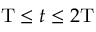
\mathrm { T } \leq t \leq 2 \mathrm { T }